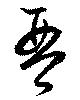
琴